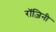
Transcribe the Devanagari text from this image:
रॉज़िनी